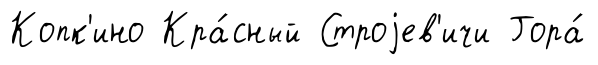
Копк'ино Кра́сный Строjев'ичи Гора́